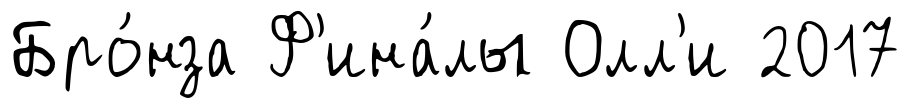
Бро́нза Ф'ина́лы Олл'и 2017